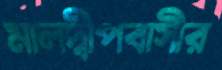
মালদ্বীপবাসীর